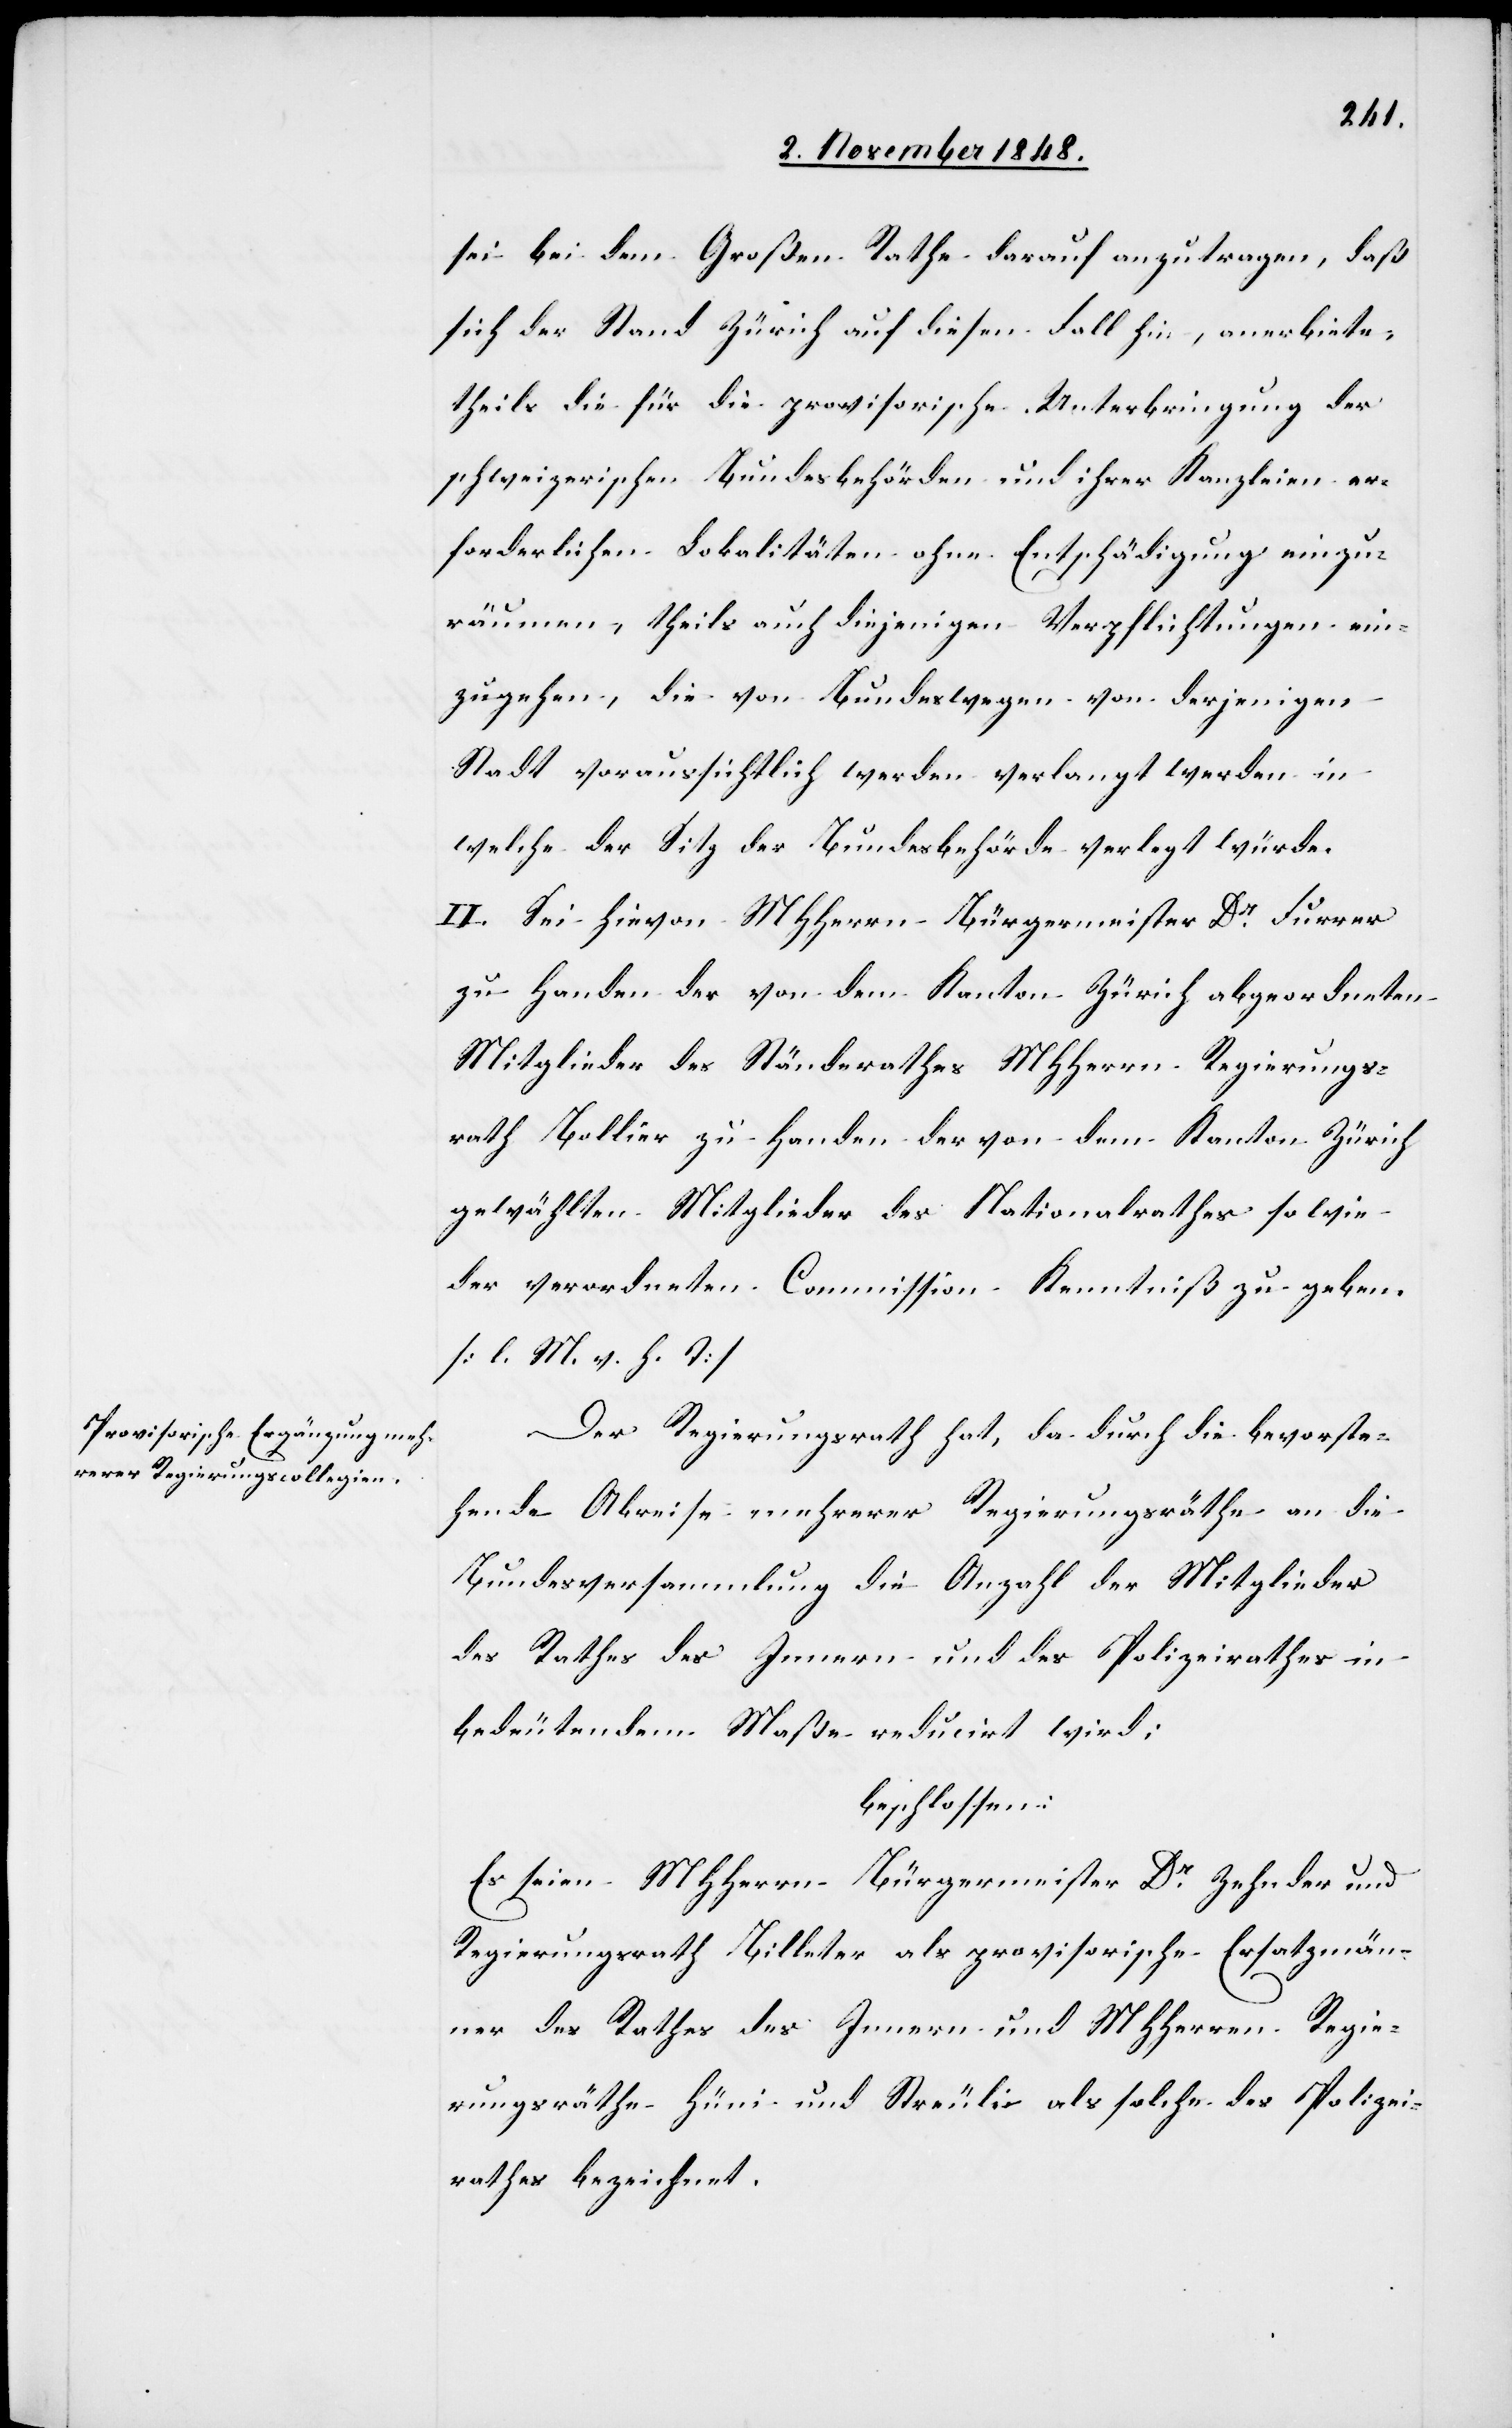
sei bei dem Großen Rathe darauf anzutragen, daß
sich der Stand Zürich auf diesen Fall hin, anerbiete,
theils die für die provisorische Unterbringung der
schweizerischen Bundesbehörden und ihrer Kanzleien er¬
forderlichen Lokalitäten ohne Entschädigung einzu¬
räumen, theils auch diejenigen Verpflichtungen ein¬
zugehen, die von Bundeswegen von derjenigen
Stadt voraussichtlich werden verlangt werden in
welche der Sitz der Bundesbehörde verlegt würde.
II. Sei hievon MHHerrn Bürgermeister Dr Furrer
zu Handen des von dem Kanton Zürich abgeordneten
Mitglieder des Ständerathes MHHerrn Regierungs¬
rath Bollier zu Handen der von dem Kanton Zürich
gewählten Mitglieder des Nationalrathes sowie
der verordneten Commission Kenntniß zu geben.
[l. M. v. h. T]
Der Regierungsrath hat, da durch die bevorste¬
hende Abreise mehrerer Regierungsräthe an die
Bundesversammlung die Anzahl der Mitglieder
des Rathes des Innern und des Polizeirathes in
bedeutendem Maße reducirt wird:
beschlossen:
Es seien MHHerrn Bürgermeister Dr Zehnder und
Regierungsrath Billeter als provisorische Ersatzmän¬
ner des Rathes des Innern und MHHerren Regie¬
rungsräthe Hüni und Streuli als solche des Polizei¬
rathes bezeichnet.